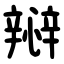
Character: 㦚